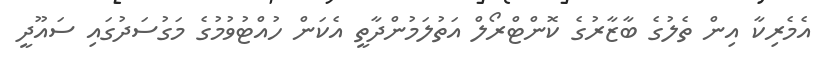
އެމެރިކާ އިން ތެލުގެ ބާޒާރުގެ ކޮންޓްރޯލް އަތުލަމުންދާތީ އެކަން ހުއްޓުވުމުގެ މަގުސަދުގައި ސައޫދީ